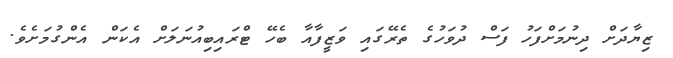
ޒިޔާދަށް ދިނުމަށްފަހު ފަސް ދުވަހުގެ ތެރޭގައި ވަޒީފާއާ ބެހޭ ޓްރައިބިއުނަލަށް އެކަން އެންގުމަށެވެ.